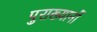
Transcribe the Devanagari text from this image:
पुराख्यानों